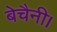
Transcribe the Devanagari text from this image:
बेचैनी।